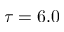
\tau = 6 . 0